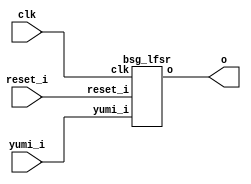


module top
(
  clk,
  reset_i,
  yumi_i,
  o
);

  output [31:0] o;
  input clk;
  input reset_i;
  input yumi_i;

  bsg_lfsr
  wrapper
  (
    .o(o),
    .clk(clk),
    .reset_i(reset_i),
    .yumi_i(yumi_i)
  );


endmodule



module bsg_lfsr
(
  clk,
  reset_i,
  yumi_i,
  o
);

  output [31:0] o;
  input clk;
  input reset_i;
  input yumi_i;
  wire [31:0] o,o_n;
  wire N0,N1,N2,N3,N4,N5,N6,N7,N8,N9,N10,N11,N12,N13,N14,N15,N16,N17,N18,N19,N20,N21,
  N22,N23,N24,N25,N26,N27,N28,N29,N30,N31,N32,N33;
  reg o_31_sv2v_reg,o_30_sv2v_reg,o_29_sv2v_reg,o_28_sv2v_reg,o_27_sv2v_reg,
  o_26_sv2v_reg,o_25_sv2v_reg,o_24_sv2v_reg,o_23_sv2v_reg,o_22_sv2v_reg,o_21_sv2v_reg,
  o_20_sv2v_reg,o_19_sv2v_reg,o_18_sv2v_reg,o_17_sv2v_reg,o_16_sv2v_reg,o_15_sv2v_reg,
  o_14_sv2v_reg,o_13_sv2v_reg,o_12_sv2v_reg,o_11_sv2v_reg,o_10_sv2v_reg,
  o_9_sv2v_reg,o_8_sv2v_reg,o_7_sv2v_reg,o_6_sv2v_reg,o_5_sv2v_reg,o_4_sv2v_reg,o_3_sv2v_reg,
  o_2_sv2v_reg,o_1_sv2v_reg,o_0_sv2v_reg;
  assign o[31] = o_31_sv2v_reg;
  assign o[30] = o_30_sv2v_reg;
  assign o[29] = o_29_sv2v_reg;
  assign o[28] = o_28_sv2v_reg;
  assign o[27] = o_27_sv2v_reg;
  assign o[26] = o_26_sv2v_reg;
  assign o[25] = o_25_sv2v_reg;
  assign o[24] = o_24_sv2v_reg;
  assign o[23] = o_23_sv2v_reg;
  assign o[22] = o_22_sv2v_reg;
  assign o[21] = o_21_sv2v_reg;
  assign o[20] = o_20_sv2v_reg;
  assign o[19] = o_19_sv2v_reg;
  assign o[18] = o_18_sv2v_reg;
  assign o[17] = o_17_sv2v_reg;
  assign o[16] = o_16_sv2v_reg;
  assign o[15] = o_15_sv2v_reg;
  assign o[14] = o_14_sv2v_reg;
  assign o[13] = o_13_sv2v_reg;
  assign o[12] = o_12_sv2v_reg;
  assign o[11] = o_11_sv2v_reg;
  assign o[10] = o_10_sv2v_reg;
  assign o[9] = o_9_sv2v_reg;
  assign o[8] = o_8_sv2v_reg;
  assign o[7] = o_7_sv2v_reg;
  assign o[6] = o_6_sv2v_reg;
  assign o[5] = o_5_sv2v_reg;
  assign o[4] = o_4_sv2v_reg;
  assign o[3] = o_3_sv2v_reg;
  assign o[2] = o_2_sv2v_reg;
  assign o[1] = o_1_sv2v_reg;
  assign o[0] = o_0_sv2v_reg;
  assign N2 = (N0)? 1'b1 : 
              (N1)? 1'b0 : 1'b0;
  assign N0 = yumi_i;
  assign N1 = ~yumi_i;
  assign o_n[31] = o[0] & 1'b1;
  assign o_n[30] = o[31] ^ N3;
  assign N3 = o[0] & 1'b0;
  assign o_n[29] = o[30] ^ N4;
  assign N4 = o[0] & 1'b1;
  assign o_n[28] = o[29] ^ N5;
  assign N5 = o[0] & 1'b0;
  assign o_n[27] = o[28] ^ N6;
  assign N6 = o[0] & 1'b0;
  assign o_n[26] = o[27] ^ N7;
  assign N7 = o[0] & 1'b1;
  assign o_n[25] = o[26] ^ N8;
  assign N8 = o[0] & 1'b1;
  assign o_n[24] = o[25] ^ N9;
  assign N9 = o[0] & 1'b0;
  assign o_n[23] = o[24] ^ N10;
  assign N10 = o[0] & 1'b0;
  assign o_n[22] = o[23] ^ N11;
  assign N11 = o[0] & 1'b0;
  assign o_n[21] = o[22] ^ N12;
  assign N12 = o[0] & 1'b0;
  assign o_n[20] = o[21] ^ N13;
  assign N13 = o[0] & 1'b0;
  assign o_n[19] = o[20] ^ N14;
  assign N14 = o[0] & 1'b0;
  assign o_n[18] = o[19] ^ N15;
  assign N15 = o[0] & 1'b0;
  assign o_n[17] = o[18] ^ N16;
  assign N16 = o[0] & 1'b0;
  assign o_n[16] = o[17] ^ N17;
  assign N17 = o[0] & 1'b0;
  assign o_n[15] = o[16] ^ N18;
  assign N18 = o[0] & 1'b0;
  assign o_n[14] = o[15] ^ N19;
  assign N19 = o[0] & 1'b0;
  assign o_n[13] = o[14] ^ N20;
  assign N20 = o[0] & 1'b0;
  assign o_n[12] = o[13] ^ N21;
  assign N21 = o[0] & 1'b0;
  assign o_n[11] = o[12] ^ N22;
  assign N22 = o[0] & 1'b0;
  assign o_n[10] = o[11] ^ N23;
  assign N23 = o[0] & 1'b0;
  assign o_n[9] = o[10] ^ N24;
  assign N24 = o[0] & 1'b0;
  assign o_n[8] = o[9] ^ N25;
  assign N25 = o[0] & 1'b0;
  assign o_n[7] = o[8] ^ N26;
  assign N26 = o[0] & 1'b0;
  assign o_n[6] = o[7] ^ N27;
  assign N27 = o[0] & 1'b0;
  assign o_n[5] = o[6] ^ N28;
  assign N28 = o[0] & 1'b0;
  assign o_n[4] = o[5] ^ N29;
  assign N29 = o[0] & 1'b0;
  assign o_n[3] = o[4] ^ N30;
  assign N30 = o[0] & 1'b0;
  assign o_n[2] = o[3] ^ N31;
  assign N31 = o[0] & 1'b0;
  assign o_n[1] = o[2] ^ N32;
  assign N32 = o[0] & 1'b0;
  assign o_n[0] = o[1] ^ N33;
  assign N33 = o[0] & 1'b0;

  always @(posedge clk) begin
    if(reset_i) begin
      o_31_sv2v_reg <= 1'b0;
      o_30_sv2v_reg <= 1'b0;
      o_29_sv2v_reg <= 1'b0;
      o_28_sv2v_reg <= 1'b0;
      o_27_sv2v_reg <= 1'b0;
      o_26_sv2v_reg <= 1'b0;
      o_25_sv2v_reg <= 1'b0;
      o_24_sv2v_reg <= 1'b0;
      o_23_sv2v_reg <= 1'b0;
      o_22_sv2v_reg <= 1'b0;
      o_21_sv2v_reg <= 1'b0;
      o_20_sv2v_reg <= 1'b0;
      o_19_sv2v_reg <= 1'b0;
      o_18_sv2v_reg <= 1'b0;
      o_17_sv2v_reg <= 1'b0;
      o_16_sv2v_reg <= 1'b0;
      o_15_sv2v_reg <= 1'b0;
      o_14_sv2v_reg <= 1'b0;
      o_13_sv2v_reg <= 1'b0;
      o_12_sv2v_reg <= 1'b0;
      o_11_sv2v_reg <= 1'b0;
      o_10_sv2v_reg <= 1'b0;
      o_9_sv2v_reg <= 1'b0;
      o_8_sv2v_reg <= 1'b0;
      o_7_sv2v_reg <= 1'b0;
      o_6_sv2v_reg <= 1'b0;
      o_5_sv2v_reg <= 1'b0;
      o_4_sv2v_reg <= 1'b0;
      o_3_sv2v_reg <= 1'b0;
      o_2_sv2v_reg <= 1'b0;
      o_1_sv2v_reg <= 1'b0;
      o_0_sv2v_reg <= 1'b1;
    end else if(N2) begin
      o_31_sv2v_reg <= o_n[31];
      o_30_sv2v_reg <= o_n[30];
      o_29_sv2v_reg <= o_n[29];
      o_28_sv2v_reg <= o_n[28];
      o_27_sv2v_reg <= o_n[27];
      o_26_sv2v_reg <= o_n[26];
      o_25_sv2v_reg <= o_n[25];
      o_24_sv2v_reg <= o_n[24];
      o_23_sv2v_reg <= o_n[23];
      o_22_sv2v_reg <= o_n[22];
      o_21_sv2v_reg <= o_n[21];
      o_20_sv2v_reg <= o_n[20];
      o_19_sv2v_reg <= o_n[19];
      o_18_sv2v_reg <= o_n[18];
      o_17_sv2v_reg <= o_n[17];
      o_16_sv2v_reg <= o_n[16];
      o_15_sv2v_reg <= o_n[15];
      o_14_sv2v_reg <= o_n[14];
      o_13_sv2v_reg <= o_n[13];
      o_12_sv2v_reg <= o_n[12];
      o_11_sv2v_reg <= o_n[11];
      o_10_sv2v_reg <= o_n[10];
      o_9_sv2v_reg <= o_n[9];
      o_8_sv2v_reg <= o_n[8];
      o_7_sv2v_reg <= o_n[7];
      o_6_sv2v_reg <= o_n[6];
      o_5_sv2v_reg <= o_n[5];
      o_4_sv2v_reg <= o_n[4];
      o_3_sv2v_reg <= o_n[3];
      o_2_sv2v_reg <= o_n[2];
      o_1_sv2v_reg <= o_n[1];
      o_0_sv2v_reg <= o_n[0];
    end 
  end


endmodule